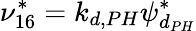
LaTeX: \nu_{16}^{*}=k_{d,PH}\psi_{d_{PH}}^{*}